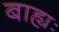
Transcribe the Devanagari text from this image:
बाह्यः